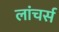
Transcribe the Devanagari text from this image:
लांचर्स